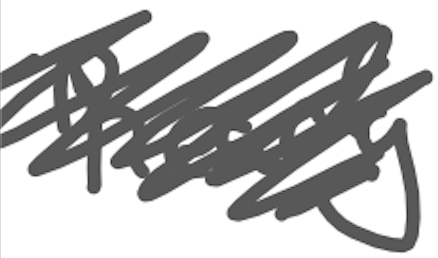
Text: Ready
Cross-out: scratch
Writing tool: digital_gray